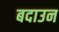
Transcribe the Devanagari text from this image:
बदाउन